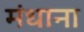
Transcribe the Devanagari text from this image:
मंधाना